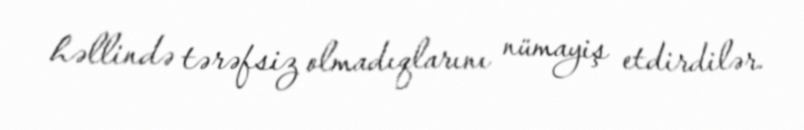
həllində tərəfsiz olmadıqlarını nümayiş etdirdilər.